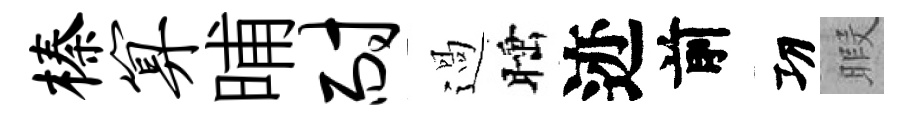
榛算晡耐過睡迹前㓛暇